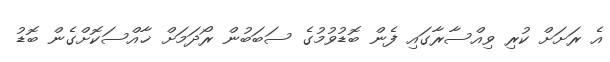
އެ ރަށަށް ކުރި ވިއްސާރާގައި ފެން ބޮޑުވުމުގެ ސަބަބުން ރޯދަމަށް ޚާއްސަކޮށްގެން ބޮޑު